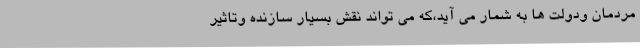
مردمان ودولت ها به شمار می آید،که می تواند نقش بسیار سازنده وتاثیر